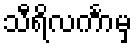
သီရိလင်္ကာမှ